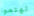
تهتموا